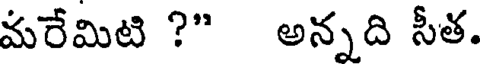
మరేమిటి ?" అన్నది సీత.